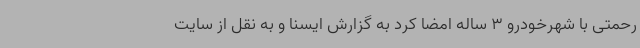
رحمتی با شهرخودرو 3 ساله امضا کرد به گزارش ایسنا و به نقل از سایت